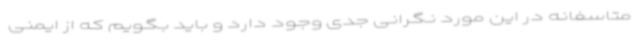
متاسفانه در این مورد نگرانی جدی وجود دارد و باید بگویم که از ایمنی